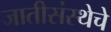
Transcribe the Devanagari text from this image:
जातीसंस्थेचे